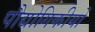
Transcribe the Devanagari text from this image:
पौद्योगिकीयों